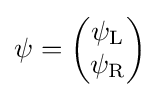
\psi ={\begin{pmatrix}\psi _{\mathrm {L} }\\\psi _{\mathrm {R} }\end{pmatrix}}